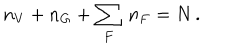
n _ { V } + n _ { G } + \sum _ { F } \, n _ { F } = N \, .